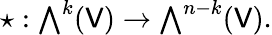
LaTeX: \star:{\textstyle\bigwedge}^{k}(\mathsf{V})\rightarrow{\textstyle\bigwedge}^{n-k}(\mathsf{V}).